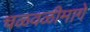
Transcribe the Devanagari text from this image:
चळवळीमागे